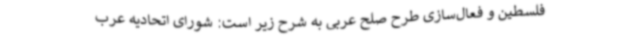
فلسطین و فعال‌سازی طرح صلح عربی به شرح زیر است: شورای اتحادیه عرب